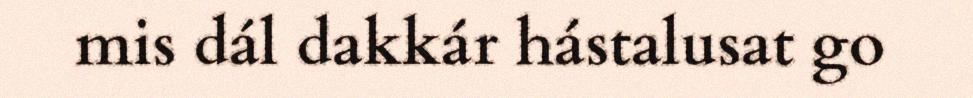
mis dál dakkár hástalusat go